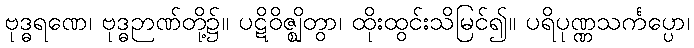
ဗုဒ္ဓရဏေ၊ ဗုဒ္ဓဉာဏ်တို့၌။ ပဋိဝိဇ္ဈိတွာ၊ ထိုးထွင်းသိမြင်၍။ ပရိပုဏ္ဏသင်္ကပ္ပော၊